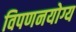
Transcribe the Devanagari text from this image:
विपणनयोग्य